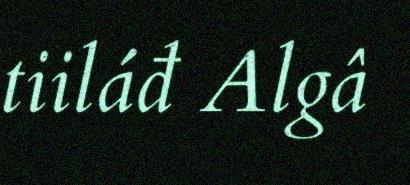
tiiláđ Algâ